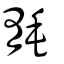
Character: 毤